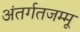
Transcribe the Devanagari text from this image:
अंतर्गतजम्मू